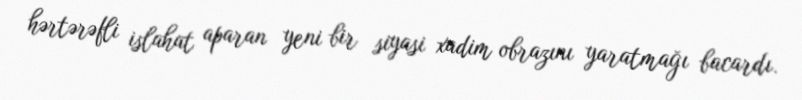
hərtərəfli islahat aparan yeni bir siyasi xadim obrazını yaratmağı bacardı.